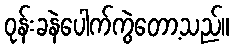
ဝုန်းခနဲပေါက်ကွဲတော့သည်။